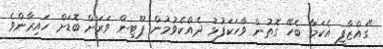
"ގައްޒާފީ އެކަމާ ބެހޭ ގޮތުން ވާހަކަފުޅު ދެއްކެވުމުން ޕޫޓިން ވަރަށް ބޮޑަށް ހައިރާންވެ